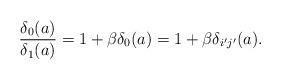
LaTeX: \begin{align*}\frac{\delta_{0}(a)}{\delta_{1}(a)}=1+\beta\delta_{0}(a)=1+\beta\delta_{i'j'}(a).\end{align*}